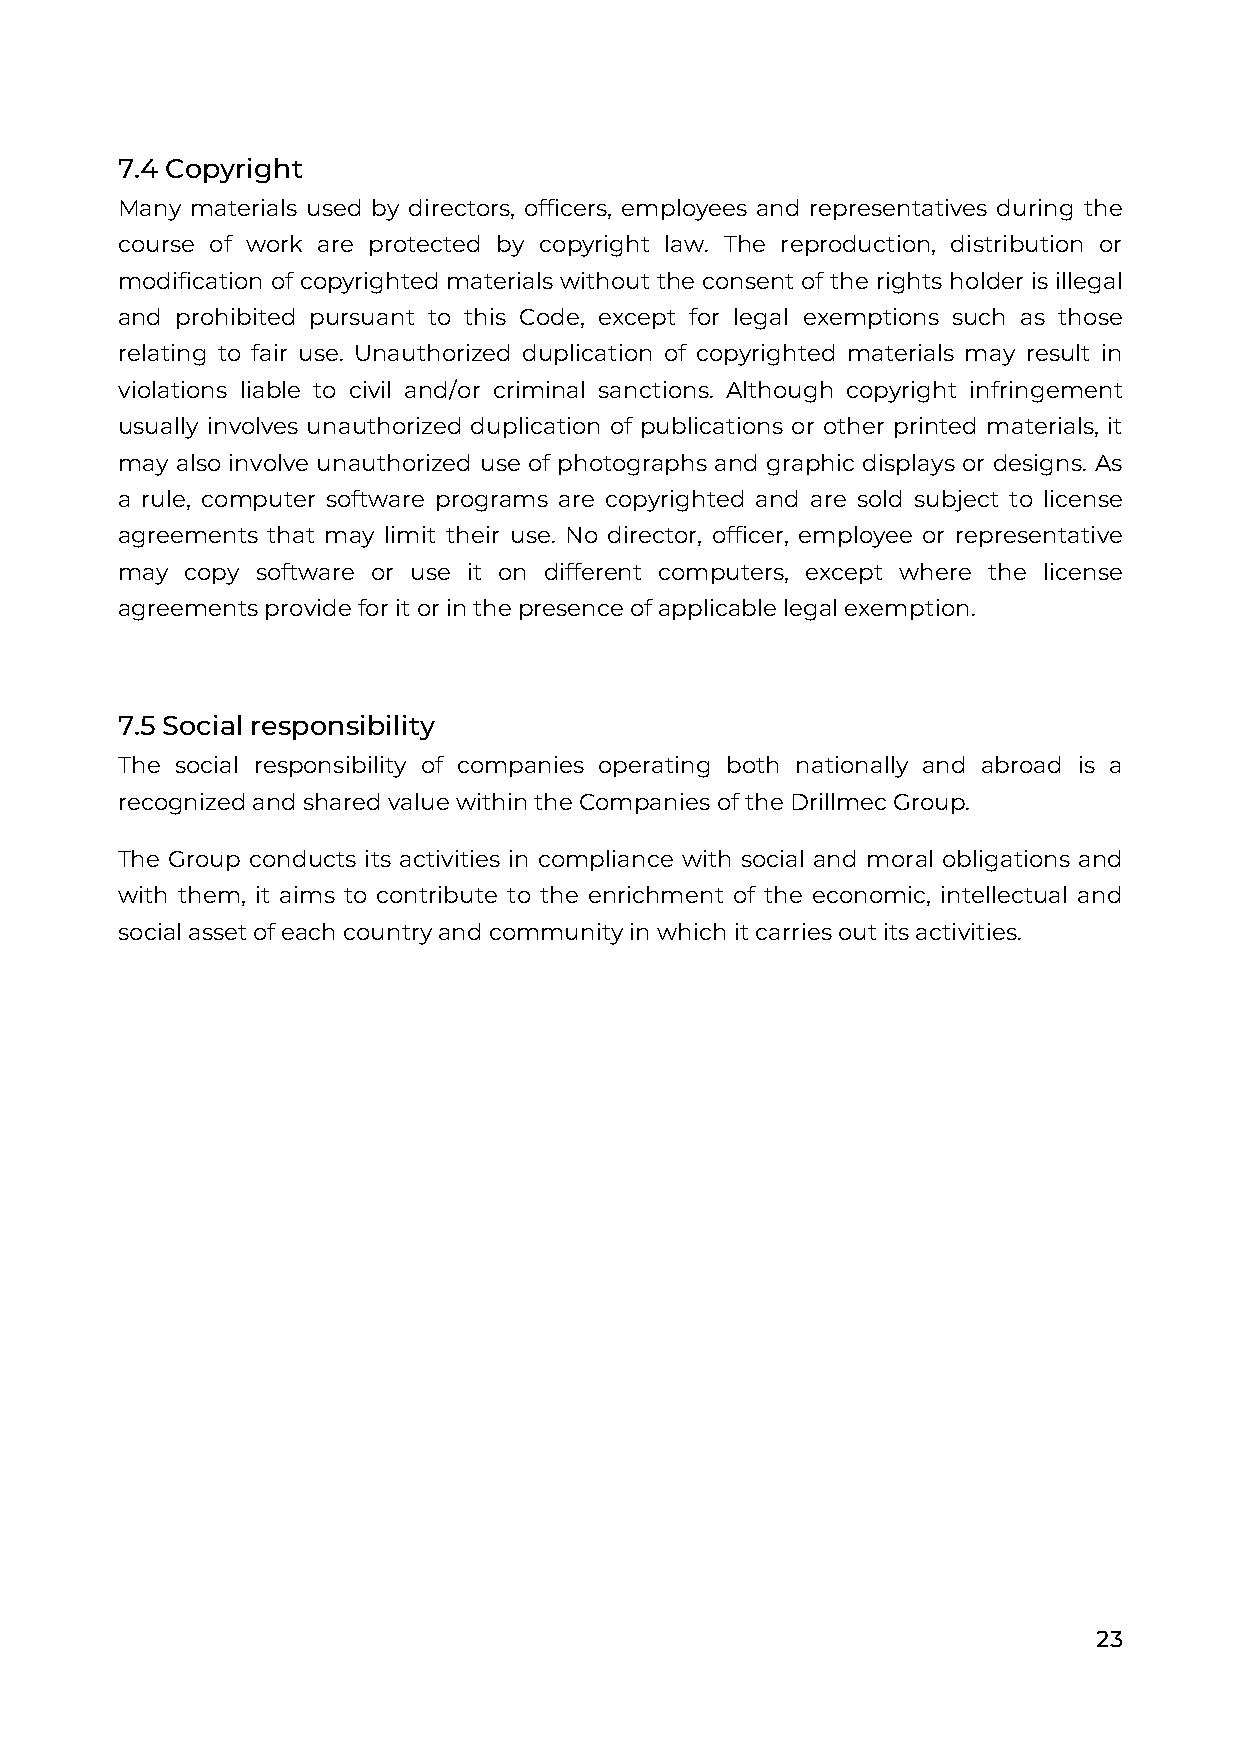
7.4 Copyright
 Many materials used by directors, officers, employees and representatives during the
 course of work are protected by copyright law. The reproduction, distribution or
 modification of copyrighted materials without the consent of the rights holder is illegal
 and prohibited pursuant to this Code, except for legal exemptions such as those
 relating to fair use. Unauthorized duplication of copyrighted materials may result in
 violations liable to civil and/or criminal sanctions. Although copyright infringement
 usually involves unauthorized duplication of publications or other printed materials, it
 may also involve unauthorized use of photographs and graphic displays or designs. As
 a rule, computer software programs are copyrighted and are sold subject to license
 agreements that may limit their use. No director, officer, employee or representative
 may copy software or use it on different computers, except where the license
 agreements provide for it or in the presence of applicable legal exemption.
 7.5 Social responsibility
 The social responsibility of companies operating both nationally and abroad is a
 recognized and shared value within the Companies of the Drillmec Group.
 The Group conducts its activities in compliance with social and moral obligations and
 with them, it aims to contribute to the enrichment of the economic, intellectual and
 social asset of each country and community in which it carries out its activities.
 23